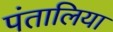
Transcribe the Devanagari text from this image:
पंतालिया